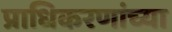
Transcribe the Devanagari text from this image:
प्राधिकरणांच्या